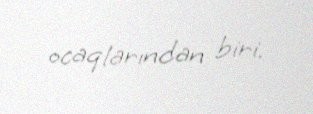
ocaqlarından biri.